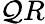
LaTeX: \mathcal{Q}R